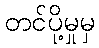
တင်ပို့မှုမှ